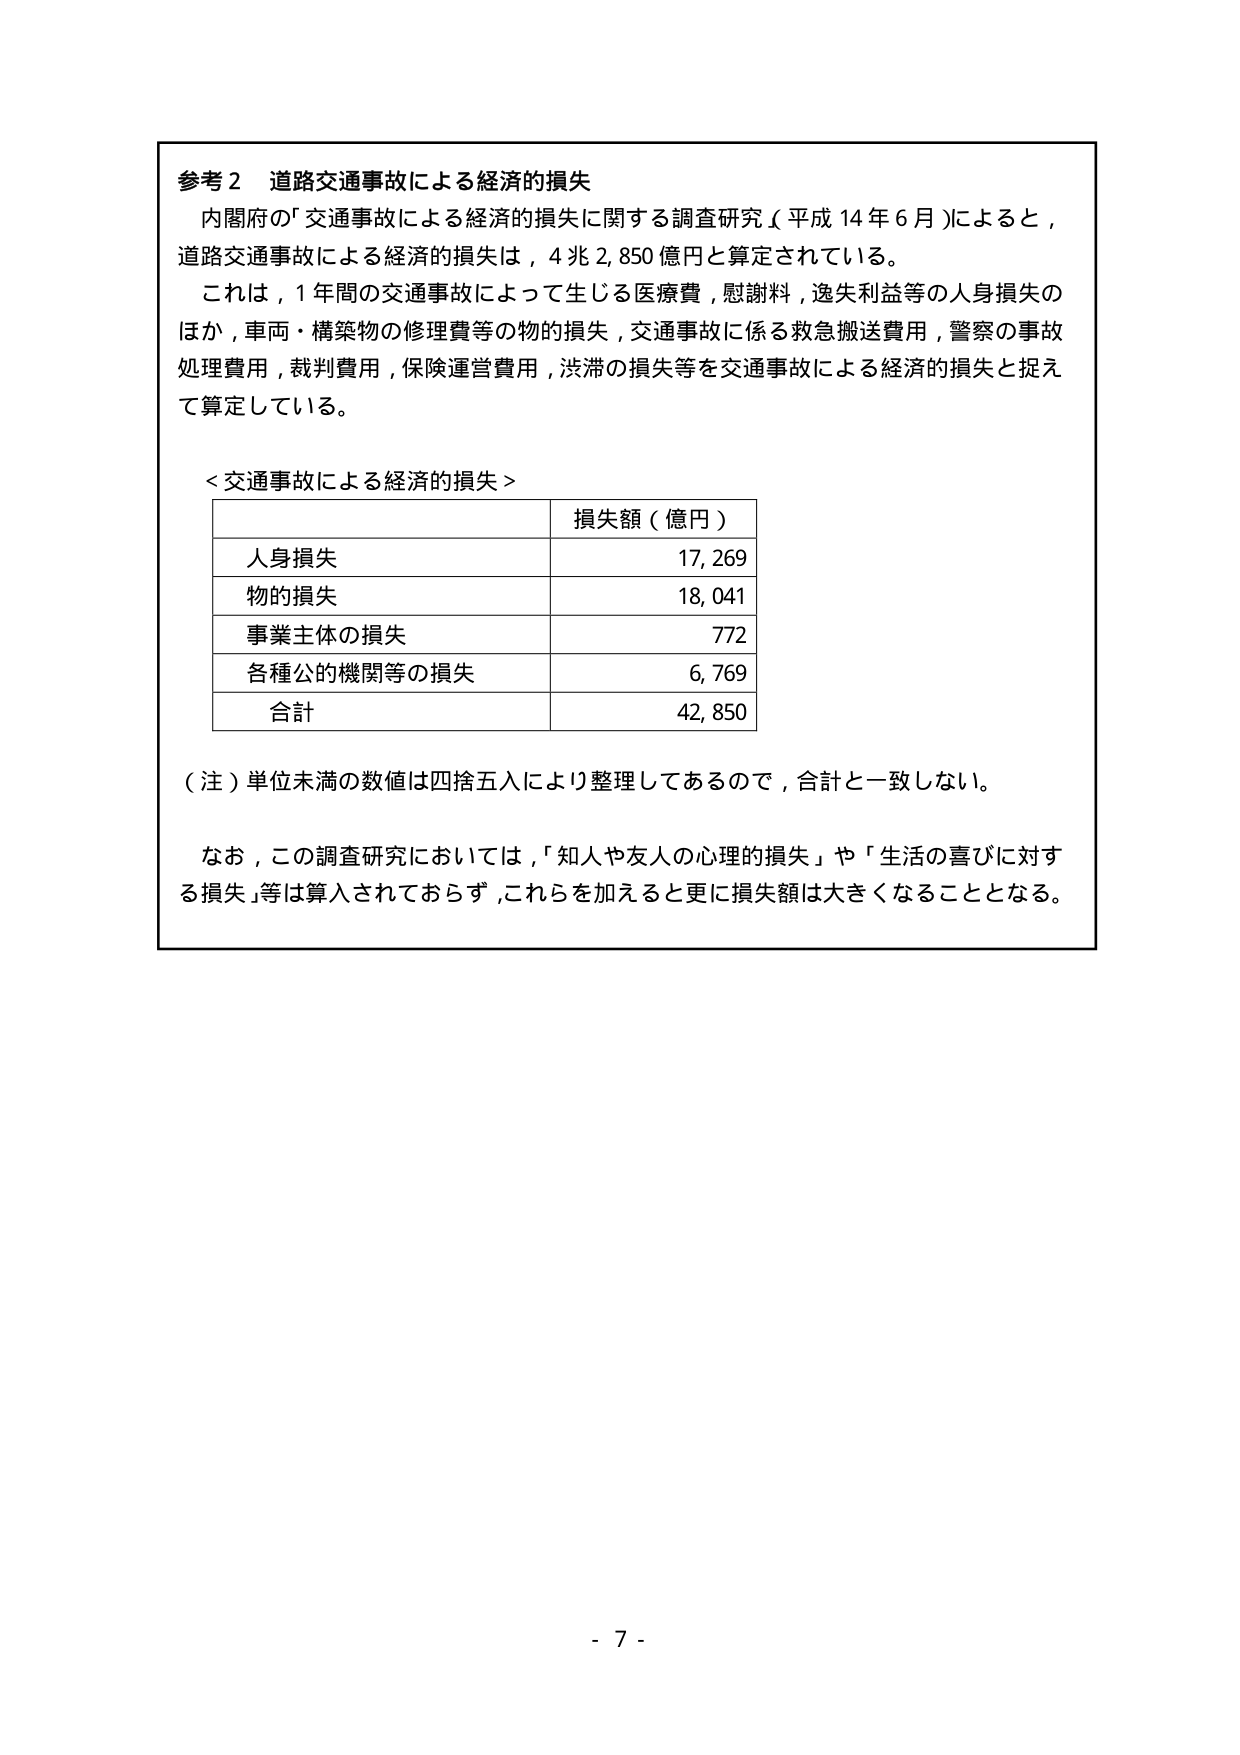
参考２ 道路交通事故による経済的損失
内閣府の「交通事故による経済的損失に関する調査研究（平成14年6月）」によると、
道路交通事故による経済的損失は、4兆2,850億円と算定されている。
これは、1年間の交通事故によって生じる医療費、慰謝料、逸失利益等の人身損失の
ほか、車両・構築物の修理費等の物的損失、交通事故に係る救急搬送費用、警察の事故
処理費用、裁判費用、保険運営費用、渋滞の損失等を交通事故による経済的損失と捉え
て算定している。

＜交通事故による経済的損失＞
| | 損失額（億円） |
|---|---|
| 人身損失 | 17,269 |
| 物的損失 | 18,041 |
| 事業主体の損失 | 772 |
| 各種公的機関等の損失 | 6,769 |
| 合計 | 42,850 |

（注）単位未満の数値は四捨五入により整理してあるので、合計と一致しない。

なお、この調査研究においては、「知人や友人の心理的損失」や「生活の喜びに対する損失」等は算入されておらず、これらを加えると更に損失額は大きくなることとなる。

- 7 -